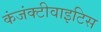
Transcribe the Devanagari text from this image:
कंजंक्टीवाइटिस